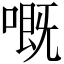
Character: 嘅